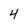
Character: 4